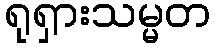
ရုရှားသမ္မတ